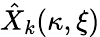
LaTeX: \hat{X}_{k}(\kappa,\xi)